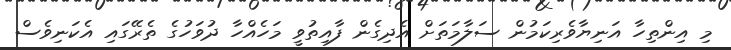
މި އިންތިހާ އަނިޔާވެރިކަމުން ސަލާމަތަށް އެދިގެން ފާއިތުވީ މަހެއްހާ ދުވަހުގެ ތެރޭގައި އެކަނިވެސް